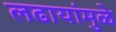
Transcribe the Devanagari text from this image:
लढायांमुळे